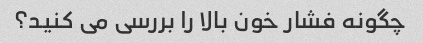
چگونه فشار خون بالا را بررسی می کنید؟